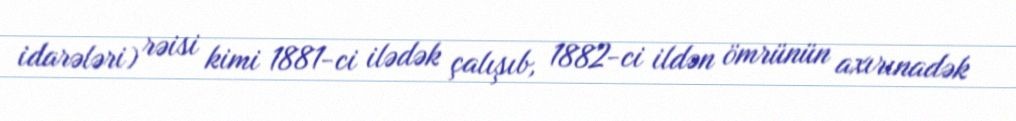
idarələri) rəisi kimi 1881-ci ilədək çalışıb, 1882-ci ildən ömrünün axırınadək